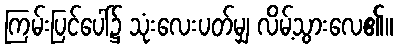
ကြမ်းပြင်ပေါ်၌ သုံးလေးပတ်မျှ လိမ့်သွားလေ၏။